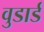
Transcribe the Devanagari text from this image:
वुडार्ड